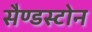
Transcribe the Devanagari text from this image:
सैण्डस्टोन